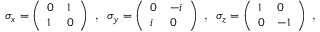
\begin{array} { r } { \sigma _ { x } = \left( \begin{array} { l l } { 0 } & { 1 } \\ { 1 } & { 0 } \end{array} \right) \textrm { , } \ \sigma _ { y } = \left( \begin{array} { l l } { 0 } & { - i } \\ { i } & { 0 } \end{array} \right) \textrm { , } \ \sigma _ { z } = \left( \begin{array} { l l } { 1 } & { 0 } \\ { 0 } & { - 1 } \end{array} \right) \textrm { , } \ } \end{array}